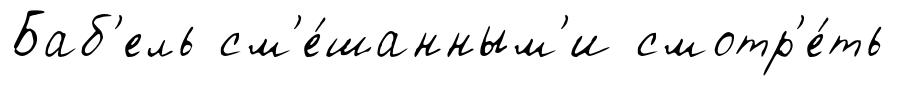
Баб'ель см'е́шанным'и смотр'е́ть